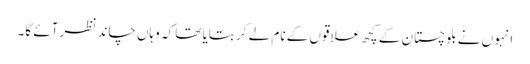
انہوں نے بلوچستان کے کچھ علاقوں کے نام لے کر بتایا تھا کہ وہاں چاند نظر آئے گا۔